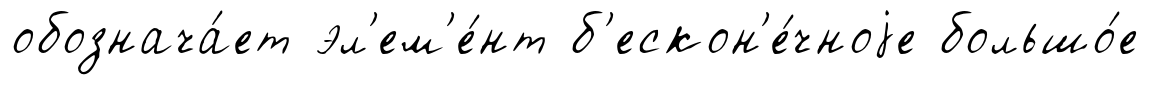
обознача́ет эл'ем'е́нт б'ескон'е́чноjе большо́е